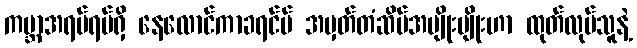
ကမ္ဘာအရပ်ရပ်ရှိ နေလောင်ကာခရင်မ် အမှတ်တံဆိပ်အမျိုးမျိုးဟာ ထုတ်လုပ်သူနဲ့